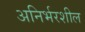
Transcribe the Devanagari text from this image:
अनिर्भरशील